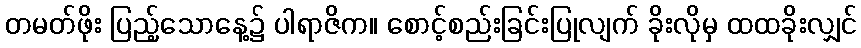
တမတ်ဖိုး ပြည့်သောနေ့၌ ပါရာဇိက။ စောင့်စည်းခြင်းပြုလျက် ခိုးလိုမှ ထထခိုးလျှင်